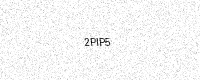
Text: 2PIP5